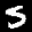
Label: 5